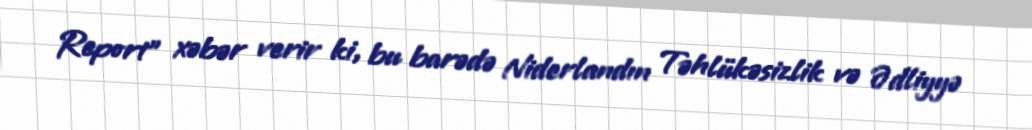
Report" xəbər verir ki, bu barədə Niderlandın Təhlükəsizlik və Ədliyyə